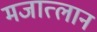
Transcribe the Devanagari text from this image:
मजात्लान